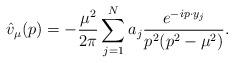
LaTeX: \begin{align*}\hat{v}_\mu(p)=-\frac{\mu^2}{2\pi}\sum_{j=1}^N a_j \frac{e^{-ip\cdot y_j}}{p^2(p^2-\mu^2)}.\end{align*}